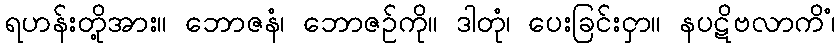
ရဟန်းတို့အား။ ဘောဇနံ၊ ဘောဇဉ်ကို။ ဒါတုံ၊ ပေးခြင်းငှာ။ နပဋိဗလာကိံ၊